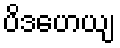
ပိဒဟေယျ